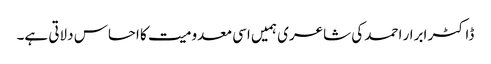
ڈاکٹر ابرار احمد کی شاعری ہمیں اسی معدومیت کا احساس دلاتی ہے۔